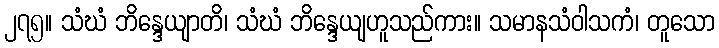
၂၇၅။ သံဃံ ဘိန္ဒေယျာတိ၊ သံဃံ ဘိန္ဒေယျဟူသည်ကား။ သမာနသံဝါသကံ၊ တူသော